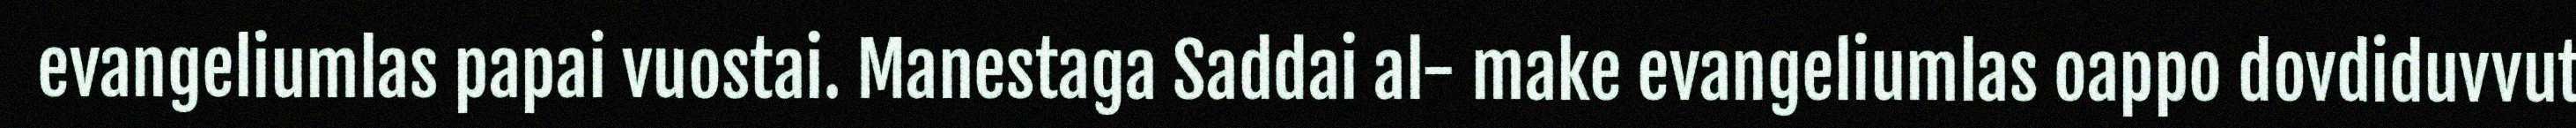
evangeliumlas papai vuostai. Manestaga Saddai al- make evangeliumlas oappo dovdiduvvut